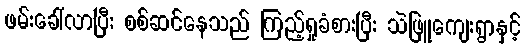
ဖမ်းခေါ်လာပြီး စစ်ဆင်နေသည် ကြည့်ရှုခံစားပြီး သဲဖြူကျေးရွာနှင့်